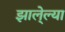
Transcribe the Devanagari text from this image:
झाले्ल्या